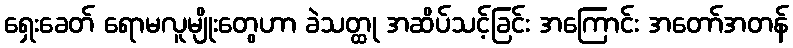
ရှေးခေတ် ရောမလူမျိုးတွေဟာ ခဲသတ္ထု အဆိပ်သင့်ခြင်း အကြောင်း အတော်အတန်